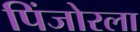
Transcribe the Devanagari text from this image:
पिंजोरला